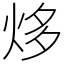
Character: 㶴